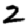
Digit: 2